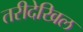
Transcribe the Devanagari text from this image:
तरीदेखिल